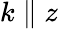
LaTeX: k\parallel z